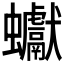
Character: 𧖃